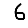
Digit: 6